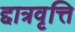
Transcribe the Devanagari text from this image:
द्दात्रवृत्ति